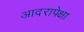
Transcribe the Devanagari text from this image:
आदरापेक्षा